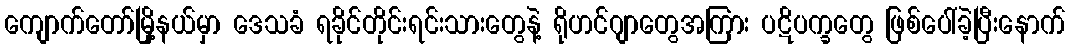
ကျောက်တော်မြို့နယ်မှာ ဒေသခံ ရခိုင်တိုင်းရင်းသားတွေနဲ့ ရိုဟင်ဂျာတွေအကြား ပဋိပက္ခတွေ ဖြစ်ပေါ်ခဲ့ပြီးနောက်